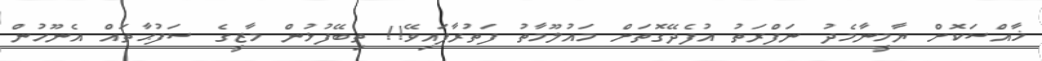
ޚާއްސަކޮށް ޔާމީނާމެދު ނަފްރަތު އުފެދޭގޮތަށް މައުލޫމާތު ފަތުރާފައިވޭ!! ތިބޭފުޅުން މާޒީގެ ސަފުޙާތައް އެނޫހުން